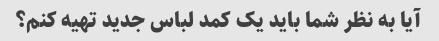
آیا به نظر شما باید یک کمد لباس جدید تهیه کنم؟